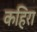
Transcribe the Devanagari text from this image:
कहिरा